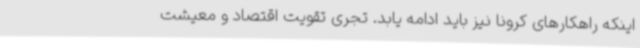
اینکه راهکارهای کرونا نیز باید ادامه ‌یابد. تجری تقویت اقتصاد و معیشت